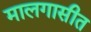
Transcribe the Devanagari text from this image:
मालगासीत